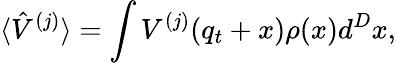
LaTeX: \langle\hat{V}^{(j)}\rangle=\int V^{(j)}(q_{t}+x)\rho(x)d^{D}x,